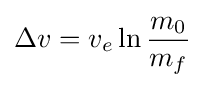
\Delta v=v_{e}\ln {\frac {m_{0}}{m_{f}}}